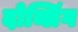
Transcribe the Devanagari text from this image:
दोव्लिंग